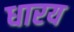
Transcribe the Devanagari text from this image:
धारय